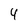
Character: 4